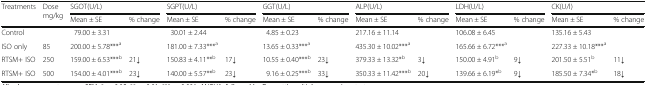
<table><thead><tr><td rowspan="2"><b>Treatments</b></td><td rowspan="2"><b>Dose mg/kg</b></td><td colspan="2"><b>SGOT(U/L)</b></td><td colspan="2"><b>SGPT(U/L)</b></td><td colspan="2"><b>GGT(U/L)</b></td><td colspan="2"><b>ALP(U/L)</b></td><td colspan="2"><b>LDH(U/L)</b></td><td colspan="2"><b>CK(U/l)</b></td></tr><tr><td><b>Mean ± SE</b></td><td><b>% change</b></td><td><b>Mean ± SE</b></td><td><b>% change</b></td><td><b>Mean ± SE</b></td><td><b>% change</b></td><td><b>Mean ± SE</b></td><td><b>% change</b></td><td><b>Mean ± SE</b></td><td><b>% change</b></td><td><b>Mean ± SE</b></td><td><b>% change</b></td></tr></thead><tbody><tr><td>Control</td><td></td><td>79.00 ± 3.31</td><td></td><td>30.01 ± 2.44</td><td></td><td>4.85 ± 0.23</td><td></td><td>217.16 ± 11.14</td><td></td><td>106.08 ± 6.45</td><td></td><td>135.16 ± 5.43</td><td></td></tr><tr><td>ISO only</td><td>85</td><td>200.00 ± 5.78***<sup>a</sup></td><td></td><td>181.00 ± 7.33***<sup>a</sup></td><td></td><td>13.65 ± 0.33***<sup>a</sup></td><td></td><td>435.30 ± 10.02***<sup>a</sup></td><td></td><td>165.66 ± 6.72***<sup>a</sup></td><td></td><td>227.33 ± 10.18***<sup>a</sup></td><td></td></tr><tr><td>RTSM+ ISO</td><td>250</td><td>159.00 ± 6.53***<sup>b</sup></td><td>21↓</td><td>150.83 ± 4.11**<sup>b</sup></td><td>17↓</td><td>10.55 ± 0.40***<sup>b</sup></td><td>23↓</td><td>379.33 ± 13.32*<sup>b</sup></td><td>3↓</td><td>150.00 ± 4.91<sup>b</sup></td><td>9↓</td><td>201.50 ± 5.51<sup>b</sup></td><td>11↓</td></tr><tr><td>RTSM+ ISO</td><td>500</td><td>154.00 ± 4.01***<sup>b</sup></td><td>23↓</td><td>140.00 ± 5.57**<sup>b</sup></td><td>23↓</td><td>9.16 ± 0.25***<sup>b</sup></td><td>33↓</td><td>350.33 ± 11.42***<sup>b</sup></td><td>20↓</td><td>139.66 ± 6.19*<sup>b</sup></td><td>9↓</td><td>185.50 ± 7.34*<sup>b</sup></td><td>18↓</td></tr></tbody></table>